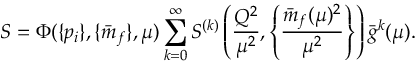
S = \Phi ( \{ p _ { i } \} , \{ \bar { m } _ { f } \} , \mu ) \sum _ { k = 0 } ^ { \infty } S ^ { ( k ) } \left( \frac { Q ^ { 2 } } { \mu ^ { 2 } } , \left\{ \frac { \bar { m } _ { f } ( \mu ) ^ { 2 } } { \mu ^ { 2 } } \right\} \right) \bar { g } ^ { k } ( \mu ) .